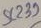
Text: 239